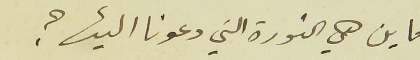
فاين هي الثورة التي دعونا اليها؟